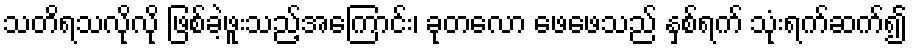
သတိရသလိုလို ဖြစ်ခဲ့ဖူးသည့်အကြောင်း၊ ခုတလော ဖေဖေသည် နှစ်ရက် သုံးရက်ဆက်၍